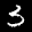
Label: 3